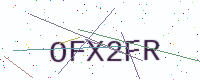
Text: OFX2FR